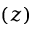
( z )